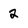
Character: 2